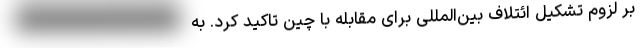
‌بر لزوم تشکیل ائتلاف بین‌المللی برای مقابله با چین تاکید کرد. به